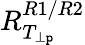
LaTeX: R_{T_{\perp\mathtt{p}}}^{R1/R2}